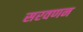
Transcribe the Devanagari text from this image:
सरवणन